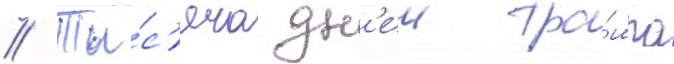
// Ты́с'яча дн'еи тра́мпа